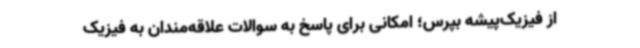
از فیزیک‌پیشه بپرس؛ امکانی برای پاسخ به سوالات علاقه‌مندان به فیزیک